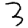
Digit: 3